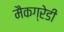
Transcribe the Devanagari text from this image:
मैकग्रेडी